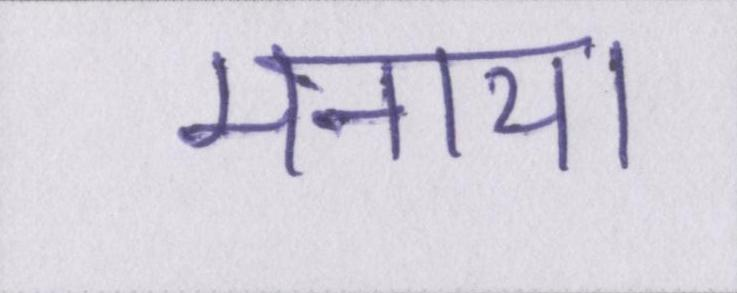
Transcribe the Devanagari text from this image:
मनाया